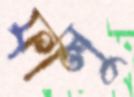
ফালু